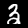
Label: 3